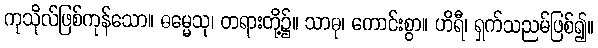
ကုသိုလ်ဖြစ်ကုန်သော။ ဓမ္မေသု၊ တရားတို့၌။ သာဓု၊ ကောင်းစွာ။ ဟိရီ၊ ရှက်သညမ်ဖြစ်၍။